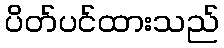
ပိတ်ပင်ထားသည်